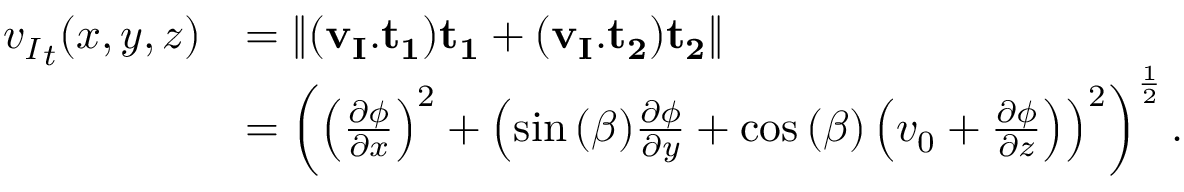
\begin{array} { r l } { { v _ { I } } _ { t } ( x , y , z ) } & { = \left\| ( \mathbf { v _ { I } } . \mathbf { { t _ { 1 } } } ) \mathbf { { t _ { 1 } } } + ( \mathbf { v _ { I } } . \mathbf { { t _ { 2 } } } ) \mathbf { { t _ { 2 } } } \right\| } \\ & { = \left( \left( \frac { \partial \phi } { \partial x } \right) ^ { 2 } + \left( \sin { ( \beta ) } \frac { \partial \phi } { \partial y } + \cos { ( \beta ) } \left( v _ { 0 } + \frac { \partial \phi } { \partial z } \right) \right) ^ { 2 } \right) ^ { \frac { 1 } { 2 } } . } \end{array}